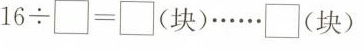
16\div\Box=\Box (块)…… \Box(块)